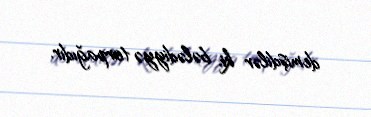
demişdilər ki, bələdiyyə torpağıdır.